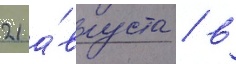
21 а́вгуста / в